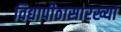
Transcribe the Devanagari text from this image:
विद्यापीठासारख्या